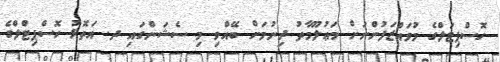
ހޮސްޕިޓަލްގެ މުވައްޒަފުންނަށް މަޢުލޫމާތު ދިނުމަށް ބޭއްވި މި ސެޝަންގައި ދ. އަތޮޅު ހޮސްޕިޓްލްގެ